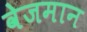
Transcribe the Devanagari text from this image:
वेजमान